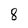
Character: 8